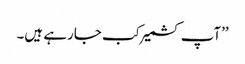
’’آپ کشمیر کب جارہے ہیں۔